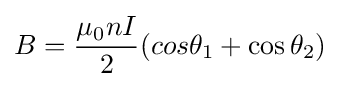
B={\frac {\mu _{0}nI}{2}}(cos\theta _{1}+\cos \theta _{2})